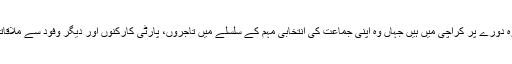
شہباز شریف دو روزہ دورے پر کراچی میں ہیں جہاں وہ اپنی جماعت کی انتخابی مہم کے سلسلے میں تاجروں، پارٹی کارکنوں اور دیگر وفود سے ملاقاتیں بھی کر رہے ہیں۔